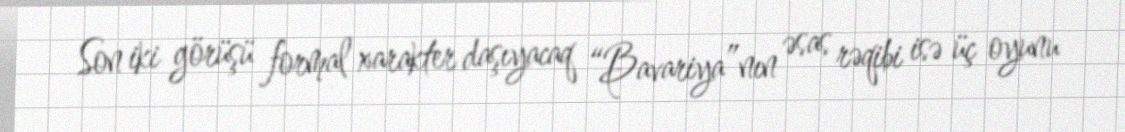
Son iki görüşü formal xarakter daşıyacaq “Bavariya”nın əsas rəqibi isə üç oyunu